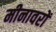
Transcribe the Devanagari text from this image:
मीनावरों